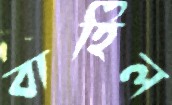
বাহিল